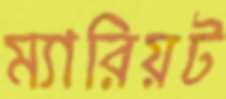
ম্যারিয়ট